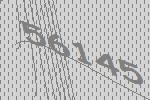
56145